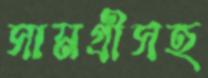
সামগ্রীসহ